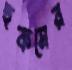
হুকসের